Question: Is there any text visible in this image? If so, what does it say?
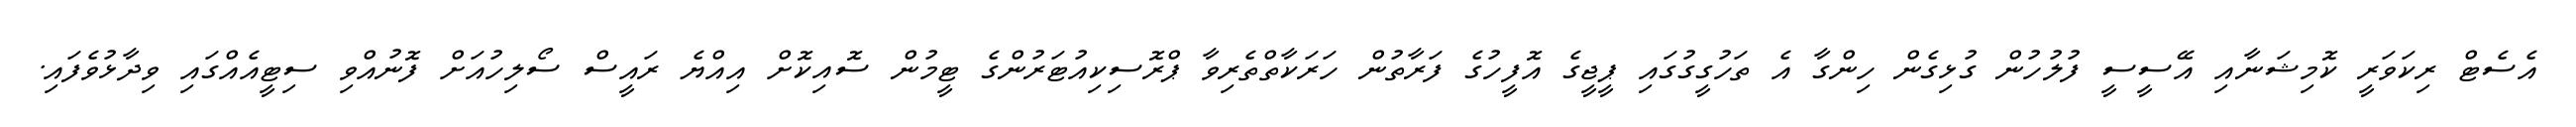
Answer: އެސެޓް ރިކަވަރީ ކޮމިޝަނާއި އޭސީސީ ފުލުހުން ގުޅިގެން ހިންގާ އެ ތަހުގީގުގައި ޕީޖީގެ އޮފީހުގެ ފަރާތުން ހަރަކާތްތެރިވާ ޕްރޮސިކިއުޓަރުންގެ ޓީމުން ސޮއިކޮށް އިއްޔެ ރައީސް ސޯލިހުއަށް ފޮނުއްވި ސިޓީއެއްގައި ވިދާޅުވެފައި.